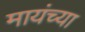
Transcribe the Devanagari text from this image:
मायंच्या